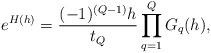
LaTeX: \begin{align*}e^{H(h)}={(-1)^{(Q-1)}h\over t_Q}\prod_{q=1}^Q G_q(h),\end{align*}